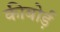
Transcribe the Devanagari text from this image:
कीबोर्ड़